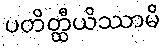
ပတိတ္ထီယိဿာမိ